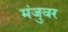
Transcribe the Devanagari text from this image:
मंजुवर